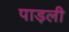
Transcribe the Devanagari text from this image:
पाड़ली